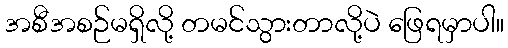
အစီအစဉ်မရှိလို့ တမင်သွားတာလို့ပဲ ဖြေရမှာပါ။